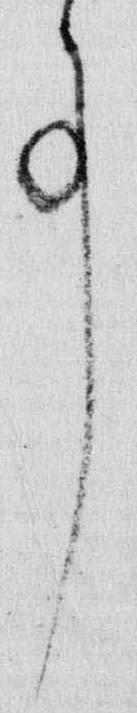
事